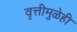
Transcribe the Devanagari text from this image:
वृत्तीमुळेही